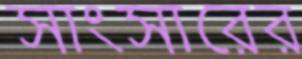
সাংসারের